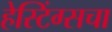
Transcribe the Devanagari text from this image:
हेस्टिंग्सचा